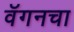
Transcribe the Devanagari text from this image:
वॅगनचा